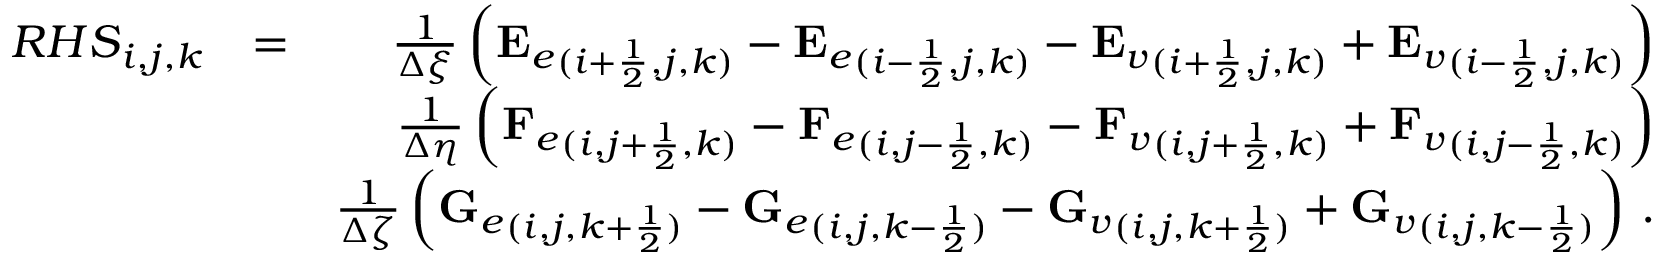
\begin{array} { r l r } { { R H S } _ { i , j , k } } & { = } & { \frac { 1 } { \Delta \xi } \left( { \mathbf { E } _ { e } } _ { ( i + \frac { 1 } { 2 } , j , k ) } - { \mathbf { E } _ { e } } _ { ( i - \frac { 1 } { 2 } , j , k ) } - { \mathbf { E } _ { v } } _ { ( i + \frac { 1 } { 2 } , j , k ) } + { \mathbf { E } _ { v } } _ { ( i - \frac { 1 } { 2 } , j , k ) } \right) } \\ & { } & { \frac { 1 } { \Delta \eta } \left( { \mathbf { F } _ { e } } _ { ( i , j + \frac { 1 } { 2 } , k ) } - { \mathbf { F } _ { e } } _ { ( i , j - \frac { 1 } { 2 } , k ) } - { \mathbf { F } _ { v } } _ { ( i , j + \frac { 1 } { 2 } , k ) } + { \mathbf { F } _ { v } } _ { ( i , j - \frac { 1 } { 2 } , k ) } \right) } \\ & { } & { \frac { 1 } { \Delta \zeta } \left( { \mathbf { G } _ { e } } _ { ( i , j , k + \frac { 1 } { 2 } ) } - { \mathbf { G } _ { e } } _ { ( i , j , k - \frac { 1 } { 2 } ) } - { \mathbf { G } _ { v } } _ { ( i , j , k + \frac { 1 } { 2 } ) } + { \mathbf { G } _ { v } } _ { ( i , j , k - \frac { 1 } { 2 } ) } \right) \, \mathrm { . } } \end{array}